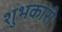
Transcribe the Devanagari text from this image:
शुभकारी